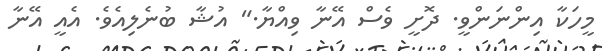
މީހަކާ އިންނަންވީ. ދޮށީ ވެސް އޭނާ ވިއްޔާ." އުޝާ ބުނެލިއެވެ. އެއީ އޭނާ